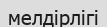
мелдірлігі